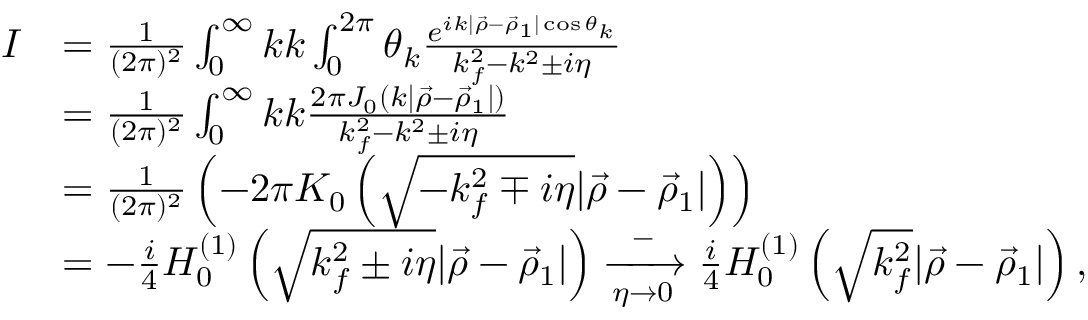
\begin{array} { r l } { I } & { = \frac { 1 } { ( 2 \pi ) ^ { 2 } } \int _ { 0 } ^ { \infty } k \d k \int _ { 0 } ^ { 2 \pi } \d \theta _ { k } \frac { e ^ { i k \vert \vec { \rho } - \vec { \rho } _ { 1 } \vert \cos \theta _ { k } } } { k _ { f } ^ { 2 } - k ^ { 2 } \pm i \eta } } \\ & { = \frac { 1 } { ( 2 \pi ) ^ { 2 } } \int _ { 0 } ^ { \infty } k \d k \frac { 2 \pi J _ { 0 } \left( k \vert \vec { \rho } - \vec { \rho } _ { 1 } \vert \right) } { k _ { f } ^ { 2 } - k ^ { 2 } \pm i \eta } } \\ & { = \frac { 1 } { ( 2 \pi ) ^ { 2 } } \left( - 2 \pi K _ { 0 } \left( \sqrt { - k _ { f } ^ { 2 } \mp i \eta } \vert \vec { \rho } - \vec { \rho } _ { 1 } \vert \right) \right) } \\ & { = - \frac { i } { 4 } H _ { 0 } ^ { ( 1 ) } \left( \sqrt { k _ { f } ^ { 2 } \pm i \eta } \vert \vec { \rho } - \vec { \rho } _ { 1 } \vert \right) \xrightarrow [ \eta \to 0 ] - \frac { i } { 4 } H _ { 0 } ^ { ( 1 ) } \left( \sqrt { k _ { f } ^ { 2 } } \vert \vec { \rho } - \vec { \rho } _ { 1 } \vert \right) , } \end{array}